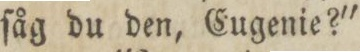
ſåg du den, Eugenie?'